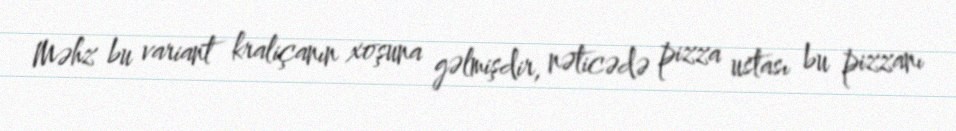
Məhz bu variant kraliçanın xoşuna gəlmişdir, nəticədə pizza ustası bu pizzanı